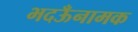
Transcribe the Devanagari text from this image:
भदऊँनामक